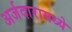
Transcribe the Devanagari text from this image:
अर्जदारामध्ये